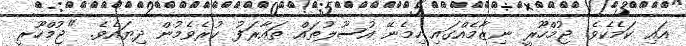
އައި ކަމެކެވެ. ޖުމްހޫރީ ނިޒާމެއްގައި ހިމެނޭ އުސޫލުތައް ތައާރަފު ކުރެވެމުން ދިޔައެވެ. "ޖުމްހޫރީ